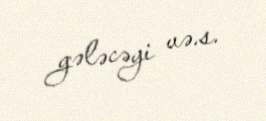
gələcəyi və.s.